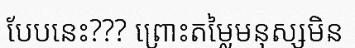
បែបនេះ??? ព្រោះតម្លៃមនុស្សមិន